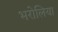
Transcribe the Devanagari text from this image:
भरोलिया